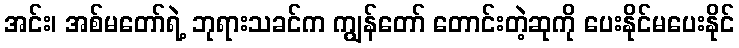
အင်း၊ အစ်မတော်ရဲ့ ဘုရားသခင်က ကျွန်တော် တောင်းတဲ့ဆုကို ပေးနိုင်မပေးနိုင်